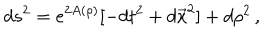
LaTeX: d s ^ { 2 } = e ^ { 2 A ( \rho ) } [ - d t ^ { 2 } + d \vec { x } ^ { 2 } ] + d \rho ^ { 2 } \, ,